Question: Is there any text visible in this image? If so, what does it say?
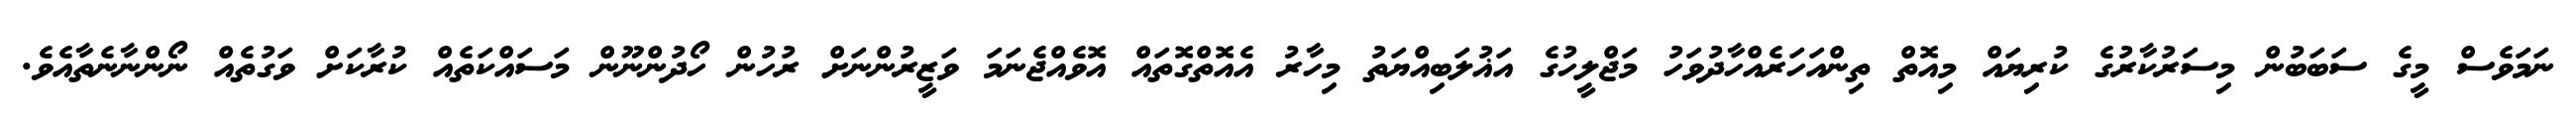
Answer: ނަމަވެސް މީގެ ސަބަބުން މިސަރުކާރުގެ ކުރިޔައް މިއޮތް ތިންއަހަރެއްހާދުވަހު މަޖްލީހުގެ އަޣުލަބިއްޔަތު މިހާރު އެއޮތްގޮތައް އޮވެއްޖެނަމަ ވަޒީރުންނަށް ރުހުން ހޯދުންނޫން މަސައްކަތެއް ކުރާކަށް ވަގުތެއް ނޯންނާނެތާއެވެ.